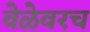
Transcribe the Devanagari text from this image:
वेळेवरच